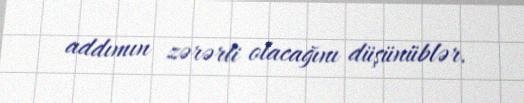
addımın zərərli olacağını düşünüblər.